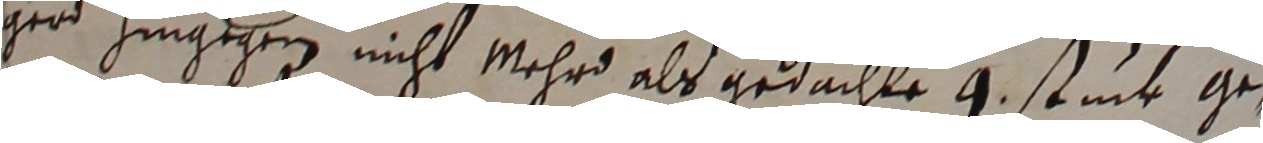
ger hingegen nicht mehr als gedachte 9 stuck ge